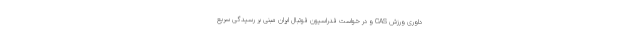
داوری ورزش CAS و در خواست فدراسیون فوتبال ایران مبنی بر رسیدگی سریع